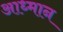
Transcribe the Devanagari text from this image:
आध्मान